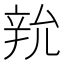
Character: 𨐑